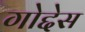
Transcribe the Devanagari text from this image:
गोद्देस